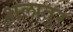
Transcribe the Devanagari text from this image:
शलातुर